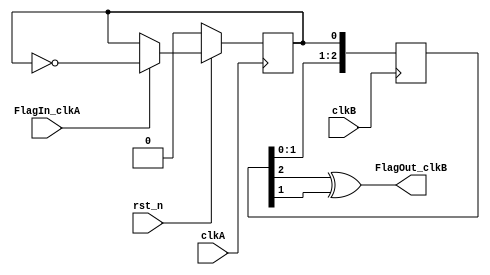
module flag_cdc_1(
		clkA, FlagIn_clkA, 
		clkB, FlagOut_clkB,rst_n);
   input clkA, FlagIn_clkA;
   input rst_n;
   input clkB;
   output FlagOut_clkB;
   reg 	  FlagToggle_clkA;
   reg [2:0] SyncA_clkB;
   always @(posedge clkA)
     begin : cdc_clk_a
	if (rst_n == 1'b0) begin
	   FlagToggle_clkA <= 1'b0;
	end
	else if(FlagIn_clkA == 1'b1) begin
	   FlagToggle_clkA <= ~FlagToggle_clkA;
	end
     end
   always @(posedge clkB) SyncA_clkB <= {SyncA_clkB[1:0], FlagToggle_clkA};
   assign FlagOut_clkB = (SyncA_clkB[2] ^ SyncA_clkB[1]);
endmodule